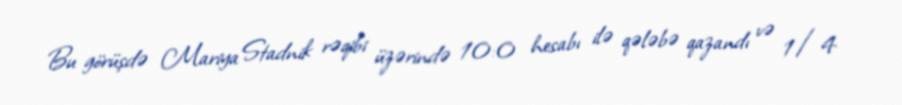
Bu görüşdə Mariya Stadnik rəqibi üzərində 10:0 hesabı ilə qələbə qazandı və 1/4